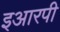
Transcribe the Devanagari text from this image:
इआरपी